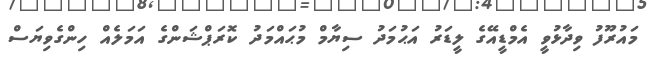
މައުރޫފު ވިދާޅުވީ އެމްޑީއޭގެ ލީޑަރު އަޙުމަދު ސިޔާމް މުޙައްމަދު ކޮރަޕްޝަންގެ އަމަލެއް ހިންގެވިޔަސް